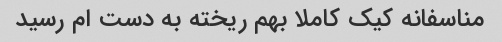
مناسفانه کیک کاملا بهم ریخته به دست ام رسید